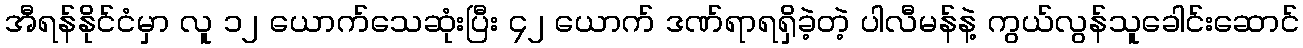
အီရန်နိုင်ငံမှာ လူ ၁၂ ယောက်သေဆုံးပြီး ၄၂ ယောက် ဒဏ်ရာရရှိခဲ့တဲ့ ပါလီမန်နဲ့ ကွယ်လွန်သူခေါင်းဆောင်